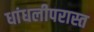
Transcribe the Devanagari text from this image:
धांधलीपरास्त